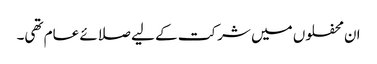
ان محفلوں میں شرکت کے لیے صلائے عام تھی۔